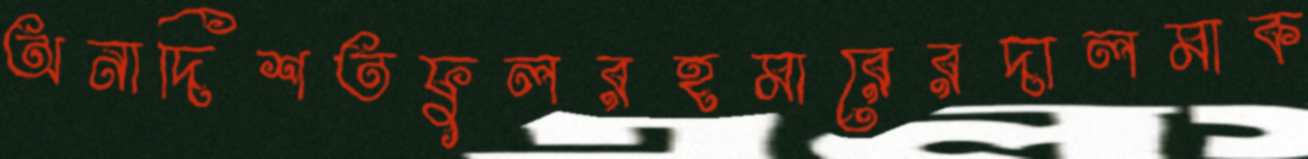
অনাদিশতফুলরহমারেরদালমাক